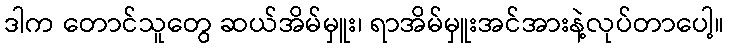
ဒါက တောင်သူတွေ ဆယ်အိမ်မှူး၊ ရာအိမ်မှူးအင်အားနဲ့လုပ်တာပေါ့။